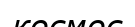
космос